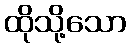
ထိုသို့သော